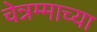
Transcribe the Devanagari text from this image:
चेन्नम्माच्या